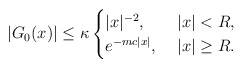
\begin{align*} |G_0(x)| \leq \kappa \begin{cases} |x|^{-2},&~|x | < R, \\ e^{-m c |x|},&~ |x| \geq R. \end{cases}\end{align*}